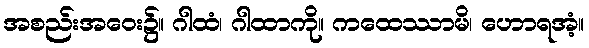
အစည်းအဝေး၌။ ဂါထံ၊ ဂါထာကို။ ကထေဿာမိ၊ ဟောရအံ့။